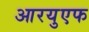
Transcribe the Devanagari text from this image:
आरयुएफ